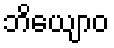
ဘိယျောဝ